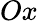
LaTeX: Ox